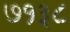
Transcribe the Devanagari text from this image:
७१३८